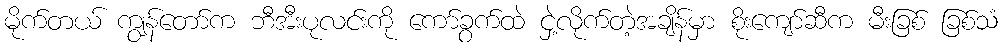
မိုက်တယ် ကျွန်တော်က ဘီအီးပုလင်းကို ကော်ခွက်ထဲ ငှဲ့လိုက်တဲ့အချိန်မှာ စိုးကျော်ဆီက မီးခြစ် ခြစ်သံ